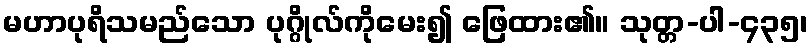
မဟာပုရိသမည်သော ပုဂ္ဂိုလ်ကိုမေး၍ ဖြေထား၏။ သုတ္တ-ပါ-၄၃၅၊